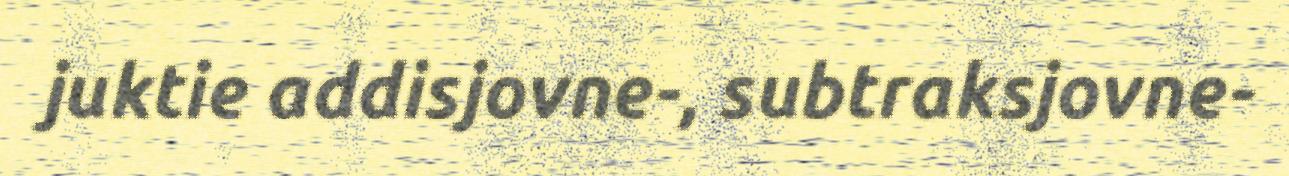
juktie addisjovne-, subtraksjovne-